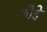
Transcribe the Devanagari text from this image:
औदे